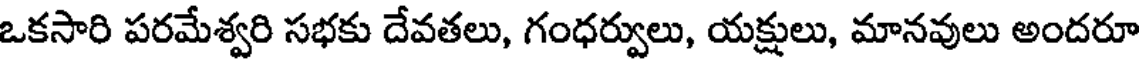
ఒకసారి పరమేశ్వరి సభకు దేవతలు, గంధర్వులు, యక్షులు, మానవులు అందరూ